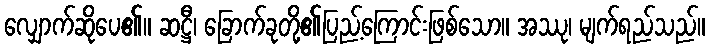
လျှောက်ဆိုပေ၏။ ဆဋ္ဌီ၊ ခြောက်ခုတို့၏ပြည့်ကြောင်းဖြစ်သော။ အဿု၊ မျက်ရည်သည်။